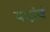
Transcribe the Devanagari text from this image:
पदांचं